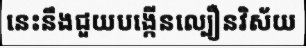
នេះនឹងជួយបង្កើនល្បឿនវិស័យ